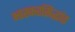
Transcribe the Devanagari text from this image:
भास्करसिद्धांत